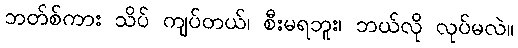
ဘတ်စ်ကား သိပ် ကျပ်တယ်၊ စီးမရဘူး၊ ဘယ်လို လုပ်မလဲ။